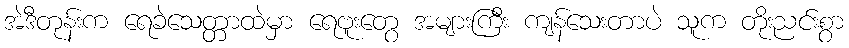
အဲဒီတုန်းက ရေခဲသေတ္တာထဲမှာ ရေဗူးတွေ အများကြီး ကျန်သေးတာပဲ သူက တိုးညင်းစွာ